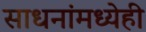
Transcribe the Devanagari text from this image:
साधनांमध्येही